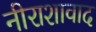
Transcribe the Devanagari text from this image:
नीराशावाद